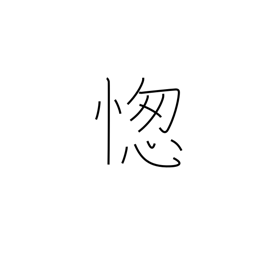
Meaning: foot race